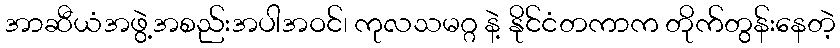
အာဆီယံအဖွဲ့အစည်းအပါအဝင်၊ ကုလသမဂ္ဂ နဲ့ နိုင်ငံတကာက တိုက်တွန်းနေတဲ့